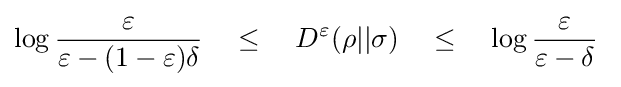
\log {\frac {\varepsilon }{\varepsilon -(1-\varepsilon )\delta }}\quad \leq \quad D^{\varepsilon }(\rho ||\sigma )\quad \leq \quad \log {\frac {\varepsilon }{\varepsilon -\delta }}~